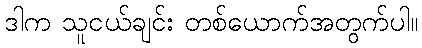
ဒါက သူငယ်ချင်း တစ်ယောက်အတွက်ပါ။